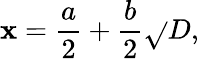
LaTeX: \mathbf{x}={\frac{{a}}{{2}}}+{\frac{{b}}{{2}}}{\sqrt{}{{D}}},